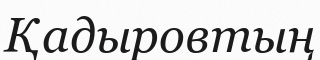
Қадыровтың